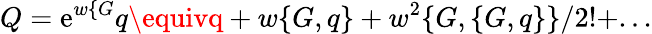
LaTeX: Q=\mathrm{e}^{w\{ G}q\equivq+w\{ G,q\} +w^{2}\{ G,\{ G,q\} \} /2!+...